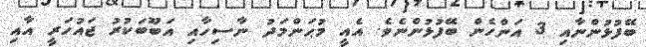
ބޭފުޅުންނާއި 3 އަންހެން ބޭފުޅުންނެވެ. އެއީ މުޙަންމަދު ނާސިހާއި އަބޫބަކުރު ޖައުހަރީ އާއި